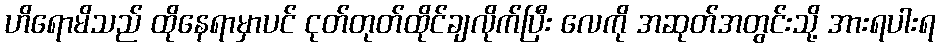
ဟိရောမိသည် ထိုနေရာမှာပင် ငုတ်တုတ်ထိုင်ချလိုက်ပြီး လေကို အဆုတ်အတွင်းသို့ အားရပါးရ